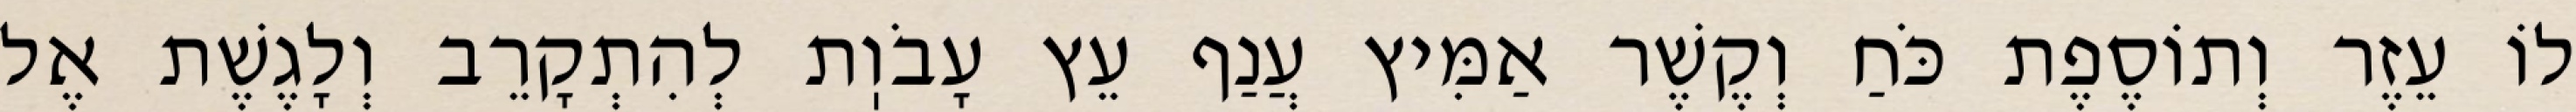
לוֹ עֵזֶר וְתוֹסֶפֶת כֹּחַ וְקֶשֶׁר אַמִּיץ עֲנַף עֵץ עָבֹוֽת לְהִתְקָרֵב וְלָגֶשֶׁת אֶל